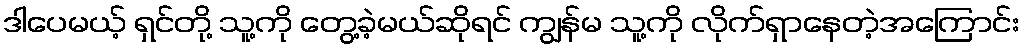
ဒါပေမယ့် ရှင်တို့ သူ့ကို တွေ့ခဲ့မယ်ဆိုရင် ကျွန်မ သူ့ကို လိုက်ရှာနေတဲ့အကြောင်း